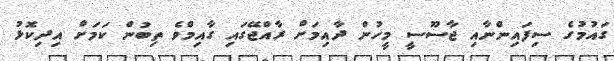
ގައުމުގެ ސިފައިންނާއި ޖާސޫސީ މީހުން ދާއިމަށް ރާއްޖޭގައި ގާއިމްވެ ތިބުން ކަމަށް އިދިކޮޅު